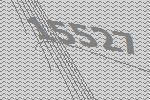
15527